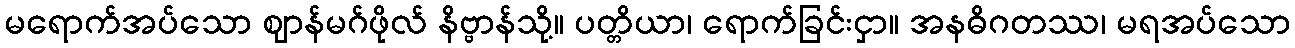
မရောက်အပ်သော ဈာန်မဂ်ဖိုလ် နိဗ္ဗာန်သို့။ ပတ္တိယာ၊ ရောက်ခြင်းငှာ။ အနဓိဂတဿ၊ မရအပ်သော